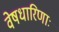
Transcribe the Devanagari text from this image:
वेषधारिणाः